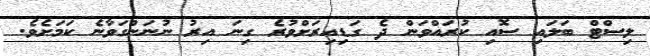
ލިސްޓް ބަލައި ސޮއި ކުރައްވަން ދެ ގަޑިއިރަށްވުރެ ގިނަ އިރު ނުނަންގަވާނެ ކަމަށެވެ.